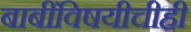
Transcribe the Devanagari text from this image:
बाबींविषयीचीही